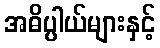
အဓိပ္ပါယ်များနှင့်